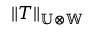
\lVert \boldsymbol { T } \rVert _ { \mathbb { U } \otimes \mathbb { W } }